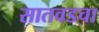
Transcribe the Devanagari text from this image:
सातवडचा